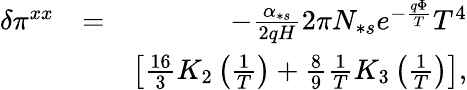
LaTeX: \begin{array}{rlr}{\delta\pi^{xx}}&{=}&{-\frac{\alpha_{\ast s}}{2qH}2\pi N_{\ast s}e^{-\frac{q\Phi}{T}}T^{4}}\\ &{}&{\left[\frac{16}{3}K_{2}\left(\frac{1}{T}\right)+\frac{8}{9}\frac{1}{T}K_{3}\left(\frac{1}{T}\right)\right],}\end{array}